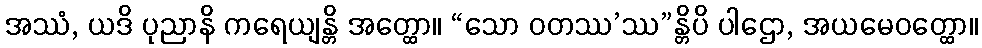
အဿံ, ယဒိ ပုညာနိ ကရေယျန္တိ အတ္ထော။ “သော ဝတဿ’ဿ”န္တိပိ ပါဌော, အယမေဝတ္ထော။